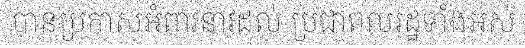
បានប្រកាសអំពាវនាវដល់ ប្រជាពលរដ្ឋទាំងអស់